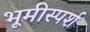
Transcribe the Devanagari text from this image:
भूमीस्पर्श